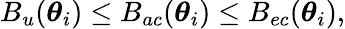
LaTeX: B_{u}(\boldsymbol\theta_{i})\leq B_{ac}(\boldsymbol\theta_{i})\leq B_{ec}(\boldsymbol\theta_{i}),